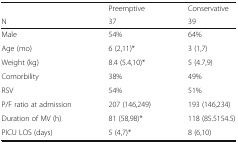
|  | Preemptive | Conservative |
 | N | 37 | 39 |
 | --- | --- | --- |
 | Male | 54% | 64% |
 | Age (mo) | 6 (2,11)* | 3 (1,7) |
 | Weight (kg) | 8.4 (5.4,10)* | 5 (4.7,9) |
 | Comorbility | 38% | 49% |
 | RSV | 54% | 51% |
 | P/F ratio at admission | 207 (146,249) | 193 (146,234) |
 | Duration of MV (h) | 81 (58,98)* | 118 (85.5154.5) |
 | PICU LOS (days) | 5 (4,7)* | 8 (6,10) |